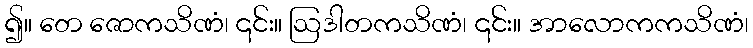
၍။ တေ ဇောကသိဏံ၊ ၎င်း။ ဩဒါတကသိဏံ၊ ၎င်း။ အာလောကကသိဏံ၊